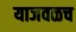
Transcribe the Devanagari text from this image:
याजवळच